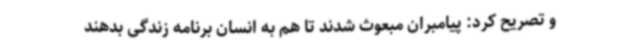
و تصریح کرد: پیامبران مبعوث شدند تا هم به انسان برنامه زندگی بدهند